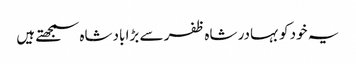
یہ خود کو بہادر شاہ ظفر سے بڑا بادشاہ سمجھتے ہیں